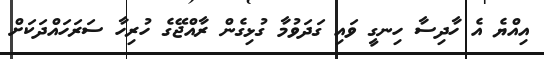
އިއްޔެ އެ ހާދިސާ ހިނގީ ވައި ގަދަވުމާ ގުޅިގެން ރާއްޖޭގެ ހުރިހާ ސަރަހައްދަކަށް